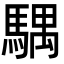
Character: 𩤛